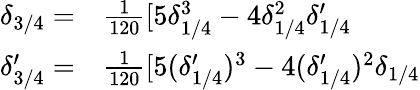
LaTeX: \begin{array}{rl}{\delta_{3/4}=}&{{}\frac{1}{120}[5\delta_{1/4}^{3}-4\delta_{1/4}^{2}\delta_{1/4}^{\prime}}\\ {\delta_{3/4}^{\prime}=}&{{}\frac{1}{120}[5(\delta_{1/4}^{\prime})^{3}-4(\delta_{1/4}^{\prime})^{2}\delta_{1/4}}\end{array}